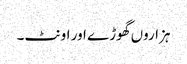
ہزاروں گھوڑے اور اونٹ۔